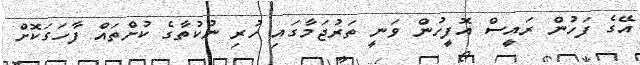
އޭގެ ފަހުން ރައީސް އޮފީހުން ވަނީ ތަރުޖަމާގައި ހުރި ނުކުތާގެ ކުށްތައް ފާހަގަކޮށް